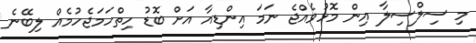
މި ސިލްސިލާ އިން މޮޅުވެއްޖެ ނަމަ އިންޑިއާ އަށް ބޮޑު ހިތްހަމަޖެހުމެއް ލިބޭނެ